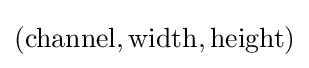
({\text{channel}},{\text{width}},{\text{height}})